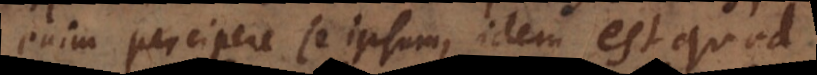
enim percipere se ipsum, idem est quod